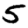
Digit: 5